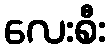
လေးစီး